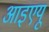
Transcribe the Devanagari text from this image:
आइएयू